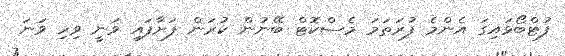
ފުޓްބޯޅައިގަ އެންމެ ފުރަތަމަ މެސްކޮޓް ބޭނުން ކުރަން ފަށާފައި ވަނީ ވިހި ވަނަ